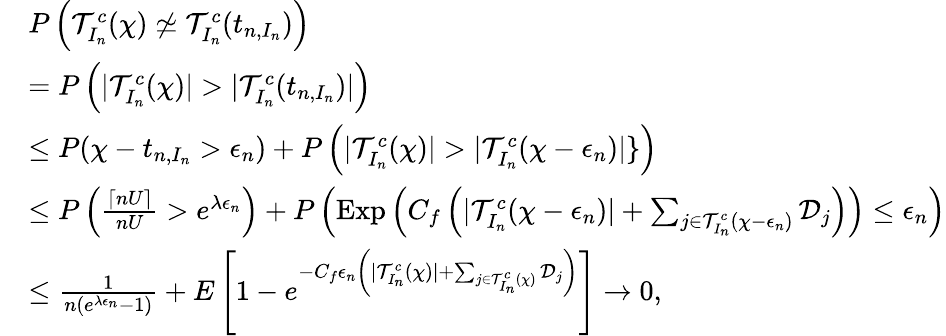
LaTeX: \begin{array}{rl}&{P\left(\mathcal{T}_{I_{n}}^{c}(\chi)\not\simeq\mathcal{T}_{I_{n}}^{c}(t_{n,I_{n}})\right)}\\ &{=P\left(|\mathcal{T}_{I_{n}}^{c}(\chi)|>|\mathcal{T}_{I_{n}}^{c}(t_{n,I_{n}})|\right)}\\ &{\leq P(\chi-t_{n,I_{n}}>\epsilon_{n})+P\left(|\mathcal{T}_{I_{n}}^{c}(\chi)|>|\mathcal{T}_{I_{n}}^{c}(\chi-\epsilon_{n})|\} \right)}\\ &{\leq P\left(\frac{\lceil nU\rceil}{nU}>e^{\lambda\epsilon_{n}}\right)+P\left(\mathrm{Exp}\left(C_{f}\left(|\mathcal{T}_{I_{n}}^{c}(\chi-\epsilon_{n})|+\sum_{j\in\mathcal{T}_{I_{n}}^{c}(\chi-\epsilon_{n})}\mathcal{D}_{j}\right)\right)\leq\epsilon_{n}\right)}\\ &{\leq\frac{1}{n(e^{\lambda\epsilon_{n}}-1)}+E\left[1-e^{-C_{f}\epsilon_{n}\left(|\mathcal{T}_{I_{n}}^{c}(\chi)|+\sum_{j\in\mathcal{T}_{I_{n}}^{c}(\chi)}\mathcal{D}_{j}\right)}\right]\to 0,}\end{array}